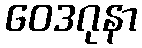
ဝေဒဂုနာ